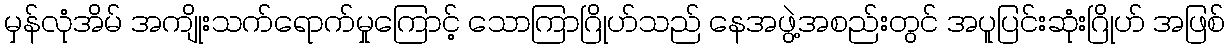
မှန်လုံအိမ် အကျိုးသက်ရောက်မှုကြောင့် သောကြာဂြိုဟ်သည် နေအဖွဲ့အစည်းတွင် အပူပြင်းဆုံးဂြိုဟ် အဖြစ်